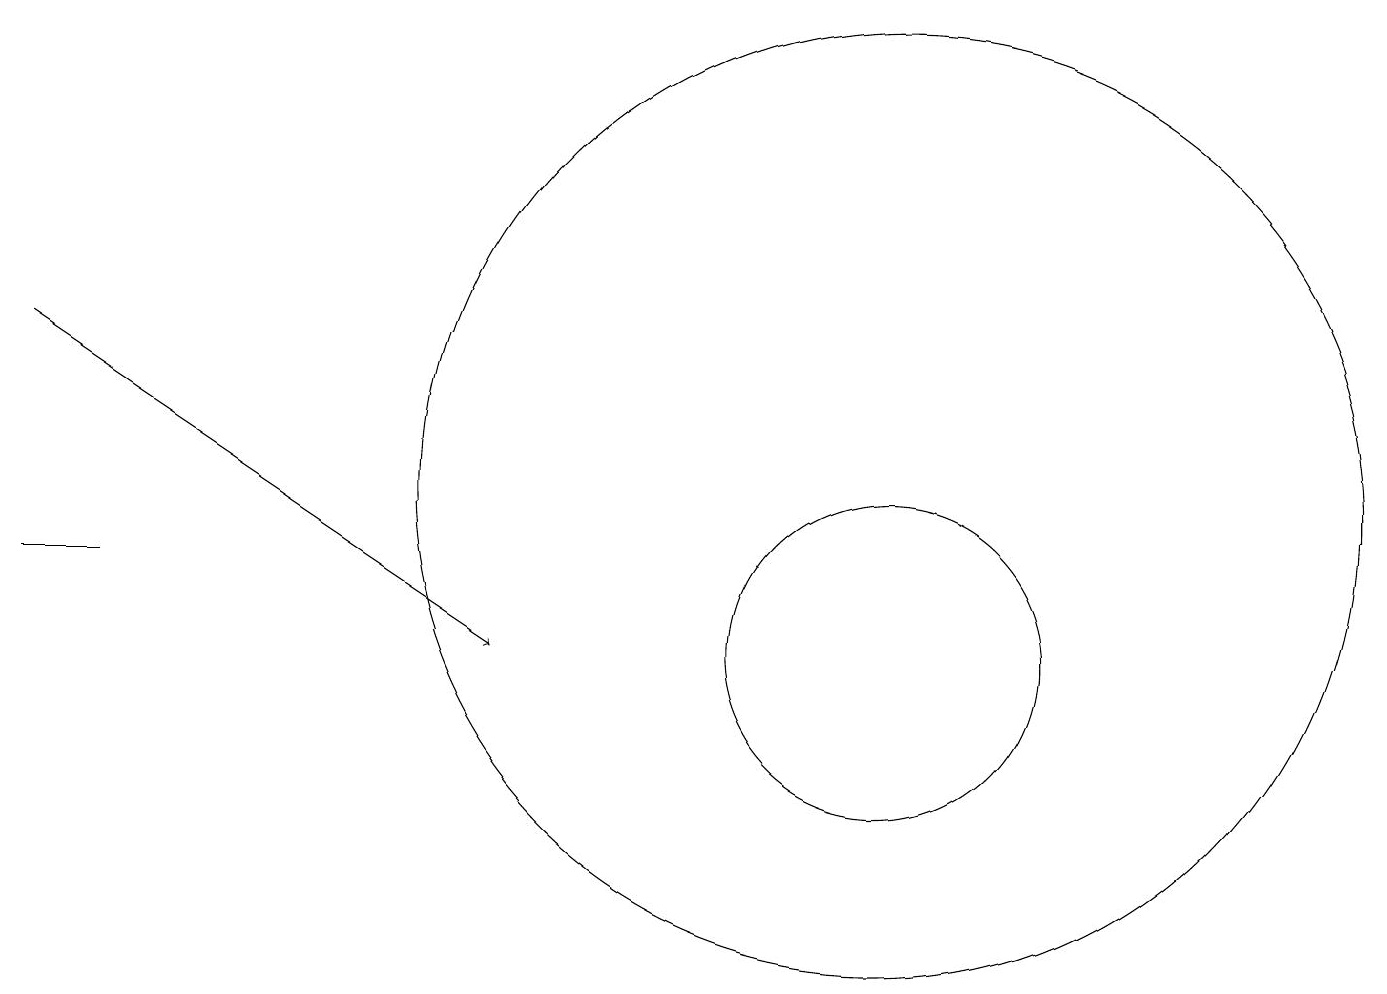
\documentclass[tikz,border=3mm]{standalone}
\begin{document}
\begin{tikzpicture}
\draw (11,10) circle (2);
\draw[->] (0,14) -- (6,10);
\draw (11,12) circle (6);
\draw (0,11) rectangle (1,11);
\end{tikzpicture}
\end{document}